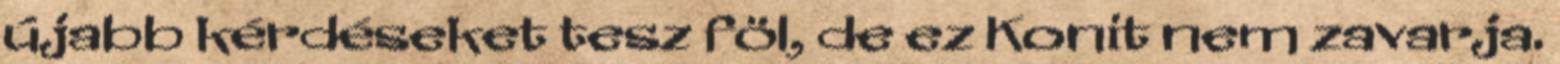
újabb kérdéseket tesz föl, de ez Konit nem zavarja.